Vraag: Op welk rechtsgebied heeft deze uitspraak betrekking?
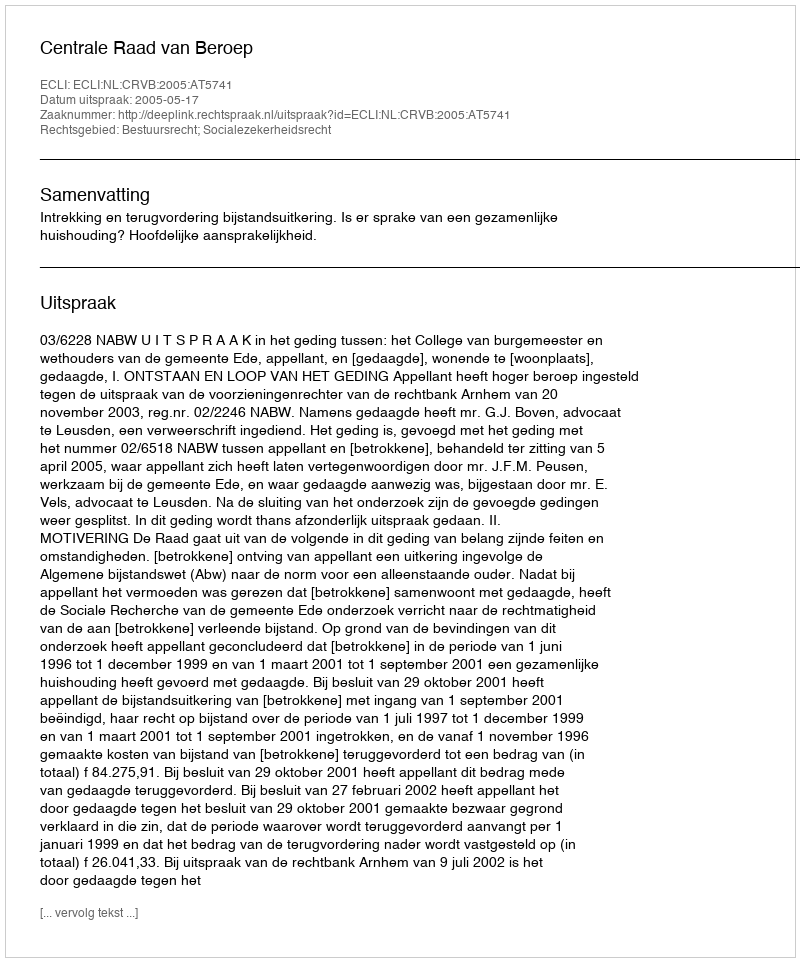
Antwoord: Bestuursrecht; Socialezekerheidsrecht